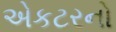
એકટરનો